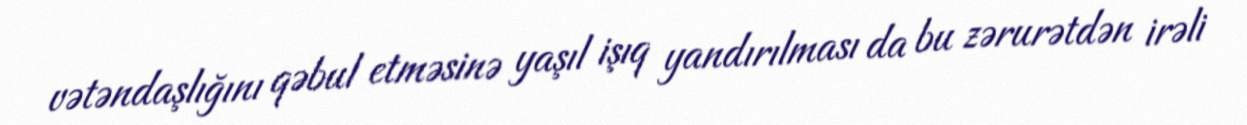
vətəndaşlığını qəbul etməsinə yaşıl işıq yandırılması da bu zərurətdən irəli